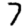
Digit: 7